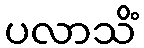
ပလာသိံ